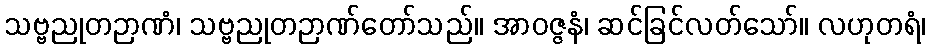
သဗ္ဗညုတဉာဏံ၊ သဗ္ဗညုတဉာဏ်တော်သည်။ အာဝဇ္ဇနံ၊ ဆင်ခြင်လတ်သော်။ လဟုတရံ၊